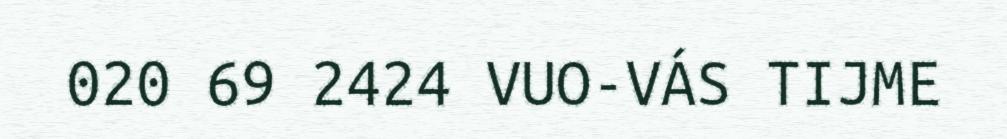
020 69 2424 VUO-VÁS TIJME